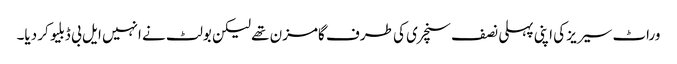
وراٹ سیریز کی اپنی پہلی نصف سنچری کی طرف گامزن تھے لیکن بولٹ نے انہیں ایل بی ڈبلیو کر دیا۔